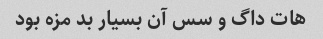
هات داگ و سس آن بسیار بد مزه بود